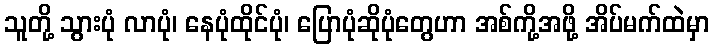
သူတို့ သွားပုံ လာပုံ၊ နေပုံထိုင်ပုံ၊ ပြောပုံဆိုပုံတွေဟာ အစ်ကို့အဖို့ အိပ်မက်ထဲမှာ